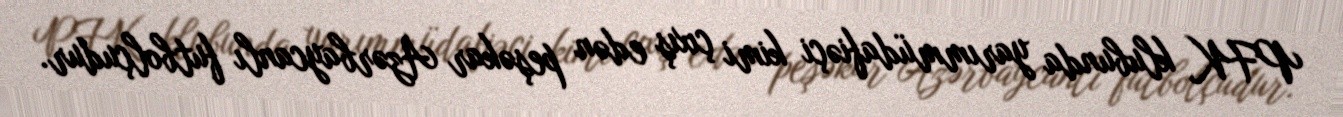
PFK klubunda yarımmüdafiəçi kimi çıxış edən peşəkar Azərbaycanlı futbolçudur.